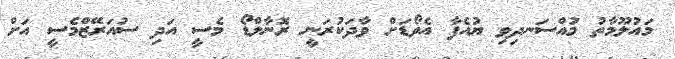
މައުލޫމާތު މުއްސަނދިވި ޔުއެފާ އެވޯޑަށް ވާދަކުރަނީ ރޮނާލްޑޯ މެސީ އަދި ސުއަރޭޒްމެސީ އަށް